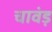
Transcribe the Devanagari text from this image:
चावंड़